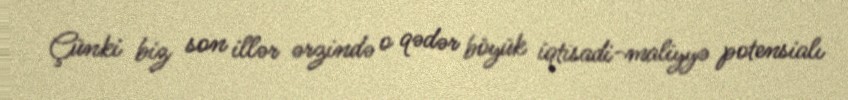
Çünki biz son illər ərzində o qədər böyük iqtisadi-maliyyə potensialı